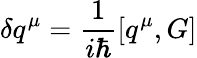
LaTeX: \delta q^{\mu}=\frac{1}{i\hbar}\left[q^{\mu},G\right]